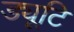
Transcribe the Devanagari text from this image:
ड्यूटि